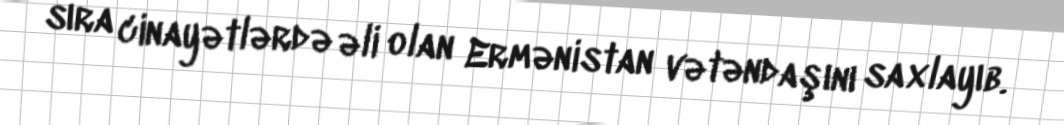
sıra cinayətlərdə əli olan Ermənistan vətəndaşını saxlayıb.